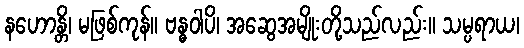
နဟောန္တိ၊ မဖြစ်ကုန်။ ဗန္ဓဝါပိ၊ အဆွေအမျိုးတို့သည်လည်း။ သမ္ပရာယ၊